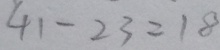
4 1 - 2 3 = 1 8